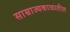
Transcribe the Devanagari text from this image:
साम्राज्यकाळातील